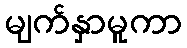
မျက်နှာမူကာ